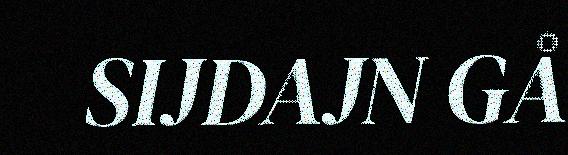
SIJDAJN GÅ